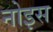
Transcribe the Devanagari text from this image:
नोइस